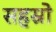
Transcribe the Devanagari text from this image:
सहस्रो